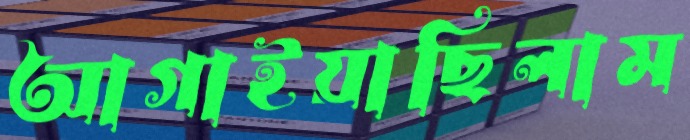
আগাইয়াছিলাম